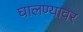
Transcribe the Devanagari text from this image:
घालण्यावर